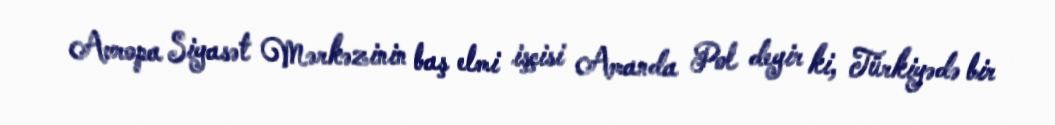
Avropa Siyasət Mərkəzinin baş elmi işçisi Amanda Pol deyir ki, Türkiyədə bir